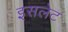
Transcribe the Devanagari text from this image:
इसलेट